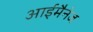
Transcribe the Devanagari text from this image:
आईमैनेज